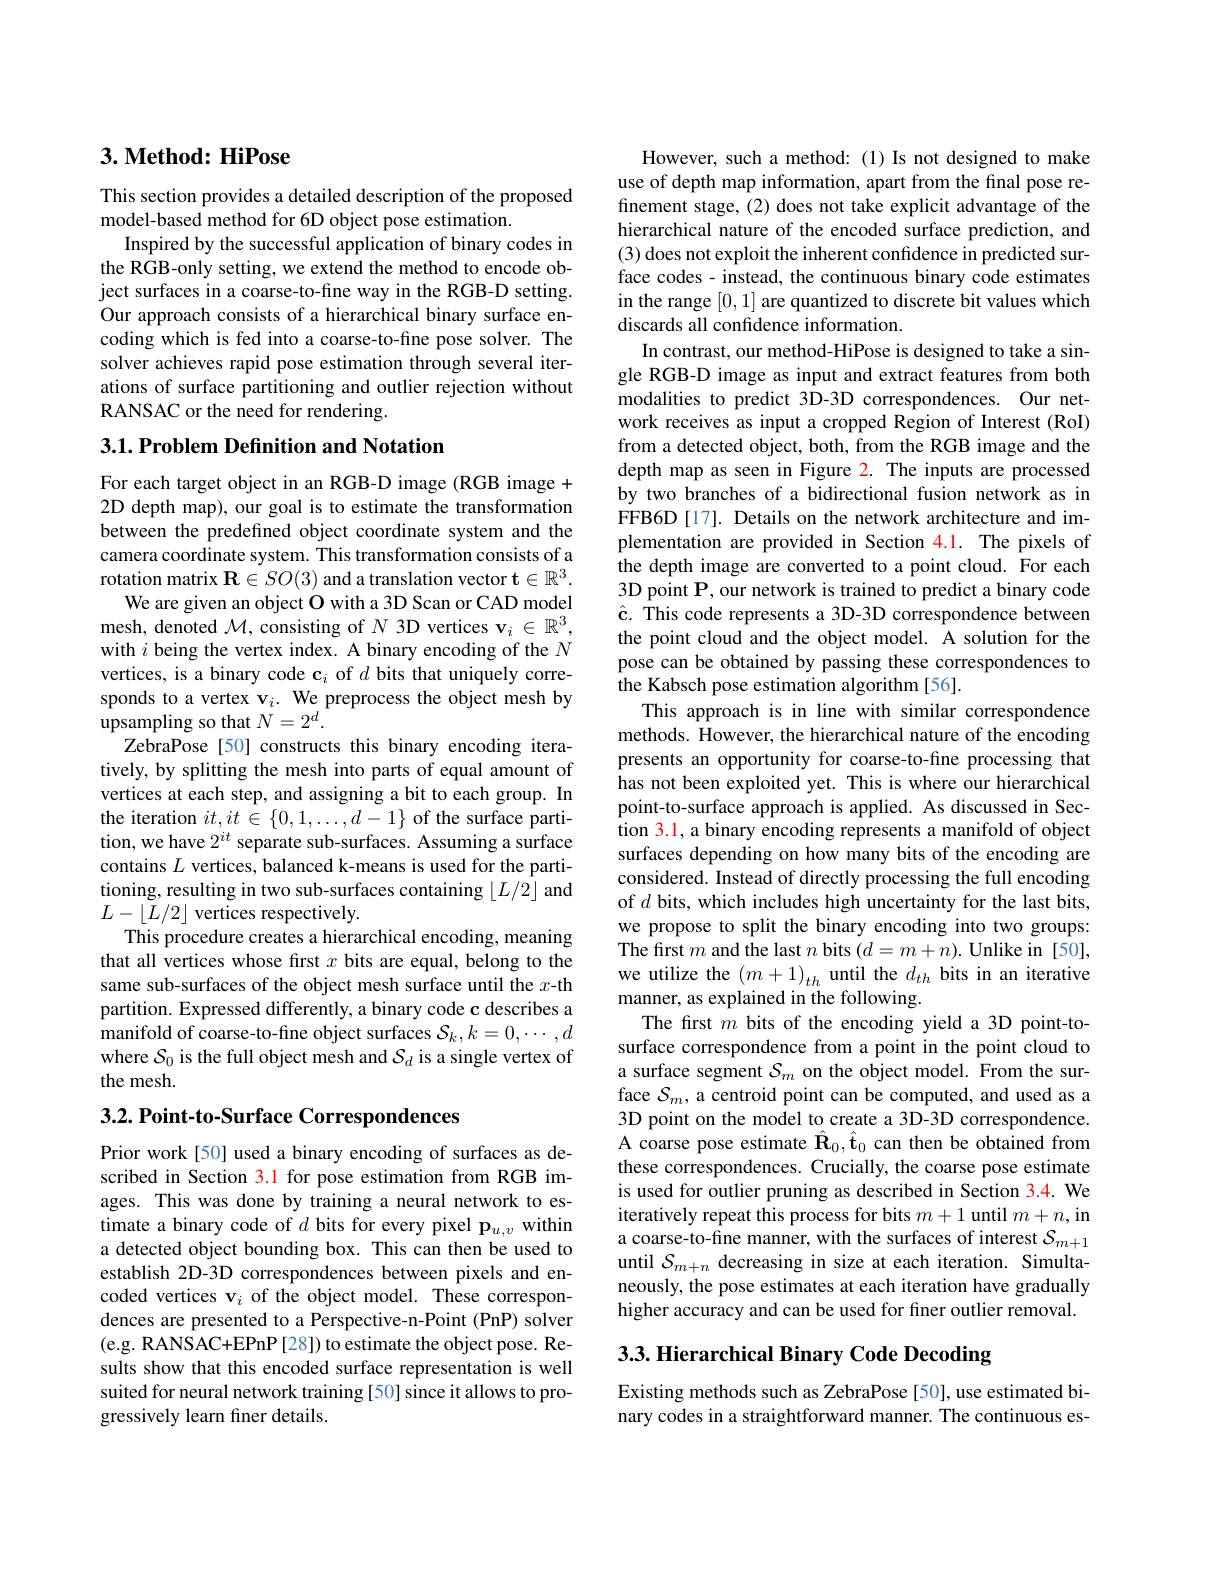
## $3. \textbf{Method: HiPose}$

This section provides a detailed description of the proposed
model-based method for 6D object pose estimation.
Inspired by the successful application of binary codes in the RGB-only setting, we extend the method to encode object surfaces in a coarse-to-fine way in the RGB-D setting. Our approach consists of a hierarchical binary surface encoding which is fed into a coarse-to-fine pose solver. The solver achieves rapid pose estimation through several iterations of surface partitioning and outlier rejection without RANSAC or the need for rendering.

### $3. 1. \textbf{Problem Definition and Notation}$

For each target object in an RGB-D image (RGB image + 2D depth map), our goal is to estimate the transformation between the predefined object coordinate system and the camera coordinate system. This transformation consists of a rotation matrix $\mathbf{R}\in SO(3)$ and a translation vector $\mathbf{t}\in\mathbb{R}^3.$
We are given an object O with a 3D Scan or CAD model mesh, denoted $\mathcal{M}$, consisting of $N$ 3D vertices v$_i\in\mathbb{R}^3$, with $i$ being the vertex index. A binary encoding of the $N$ vertices, is a binary code $\mathbf{c}_i$ of $d$ bits that uniquely corresponds to a vertex v$_i.$ We preprocess the object mesh by upsampling so that $N=2^d.$
ZebraPose [50] constructs this binary encoding iteratively, by splitting the mesh into parts of equal amount of vertices at each step, and assigning a bit to each group. In the iteration $it,it\in\{0,1,\ldots,d-1\}$ of the surface partition, we have $2^{it}$ separate sub-surfaces. Assuming a surface contains $L$ vertices, balanced k-means is used for the partitioning, resulting in two sub-surfaces containing $\lfloor L/2\rfloor$ and $L-\lfloor L/2\rfloor$ vertices respectively
This procedure creates a hierarchical encoding, meaning that all vertices whose first $x$ bits are equal, belong to the same sub-surfaces of the object mesh surface until the $x$-th partition. Expressed differently, a binary code c describes a manifold of coarse-to-fine object surfaces $\mathcal{S}_k,k=0,\cdots,d$ where $\mathcal{S}_0$ is the full object mesh and $\mathcal{S}_d$ is a single vertex of the mesh.

$3. 2. \textbf{ Point- to- Surface Correspondences}$

Prior work [50] used a binary encoding of surfaces as described in Section 3.1 for pose estimation from RGB images. This was done by training a neural network to estimate a binary code of $d$ bits for every pixel p$_u,v$ within a detected object bounding box. This can then be used to establish 2D-3D correspondences between pixels and encoded vertices v$_i$ of the object model. These correspondences are presented to a Perspective-n-Point (PnP) solver (e.g. RANSAC+EPnP[28]) to estimate the object pose. Results show that this encoded surface representation is well suited for neural network training [50] since it allows to progressively learn finer details.

However, such a method:(1) Is not designed to make use of depth map information, apart from the final pose refinement stage, (2) does not take explicit advantage of the hierarchical nature of the encoded surface prediction, and (3) does not exploit the inherent confidence in predicted surface codes - instead, the continuous binary code estimates in the range [0,1] are quantized to discrete bit values which discards all confidence information.
In contrast, our method-HiPose is designed to take a single RGB-D image as input and extract features from both modalities to predict 3D-3D correspondences. Our network receives as input a cropped Region of Interest (RoI) from a detected object, both, from the RGB image and the depth map as seen in Figure 2. The inputs are processed by two branches of a bidirectional fusion network as in FFB6D[17]. Details on the network architecture and implementation are provided in Section 4.1. The pixels of the depth image are converted to a point cloud. For each 3D point P, our network is trained to predict a binary code $\hat{\mathbf{c}}.$ This code represents a 3D-3D correspondence between the point cloud and the object model. A solution for the pose can be obtained by passing these correspondences to the Kabsch pose estimation algorithm [56].
This approach is in line with similar correspondence methods. $\hat{\text{However, the hierarchical nature of the encoding}}$ presents an opportunity for coarse-to-fine processing that has not been exploited yet. This is where our hierarchical point-to-surface approach is applied. As discussed in Section 3.1, a binary encoding represents a manifold of object surfaces depending on how many bits of the encoding are considered. Instead of directly processing the full encoding of $d$ bits, which includes high uncertainty for the last bits, we propose to split the binary encoding into two groups: The first $m$ and the last $n$ bits $(d=m+n).$ Unlike in [50], we utilize the $(m+1)_{th}$ until the $d_th$ bits in an iterative manner, as explained in the following.
The first $m$ bits of the encoding yield a 3D point-tosurface correspondence from a point in the point cloud to a surface segment $\mathcal{S}_m$ on the object model. From the surface $S_m$, a centroid point can be computed, and used as a 3D point on the model to create a 3D-3D correspondence. A coarse pose estimate $\hat{\mathbf{R}}_0,\hat{\mathbf{t}}_0$ can then be obtained from these correspondences. Crucially, the coarse pose estimate is used for outlier pruning as described in Section 3.4. We iteratively repeat this process for bits $m+1$ until $m+n$, in a coarse-to-fine manner, with the surfaces of interest $\mathcal{S}_m+1$ until $\mathcal{S}_m+n$ decreasing in size at each iteration. Simultaneously, the pose estimates at each iteration have gradually higher accuracy and can be used for finer outlier removal.

# 3.3. Hierarchical Binary Code Decoding

Existing methods such as ZebraPose [50], use estimated binary codes in a straightforward manner. The continuous es-